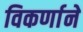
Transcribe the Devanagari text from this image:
विकर्णाने